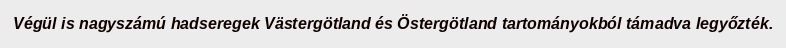
Végül is nagyszámú hadseregek Västergötland és Östergötland tartományokból támadva legyőzték.